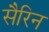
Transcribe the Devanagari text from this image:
सैरिन